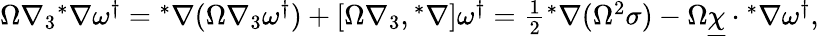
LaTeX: \begin{array}{r}{\Omega\nabla_{3}{^*\nabla\omega^{\dagger}}={^*\nabla}(\Omega\nabla_{3}\omega^{\dagger})+[\Omega\nabla_{3},{^*\nabla}]\omega^{\dagger}=\frac{1}{2}{^*\nabla(\Omega^{2}\sigma)}-\Omega\underline{{\chi}}\cdot{^*\nabla\omega^{\dagger}},}\end{array}